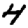
Digit: 4